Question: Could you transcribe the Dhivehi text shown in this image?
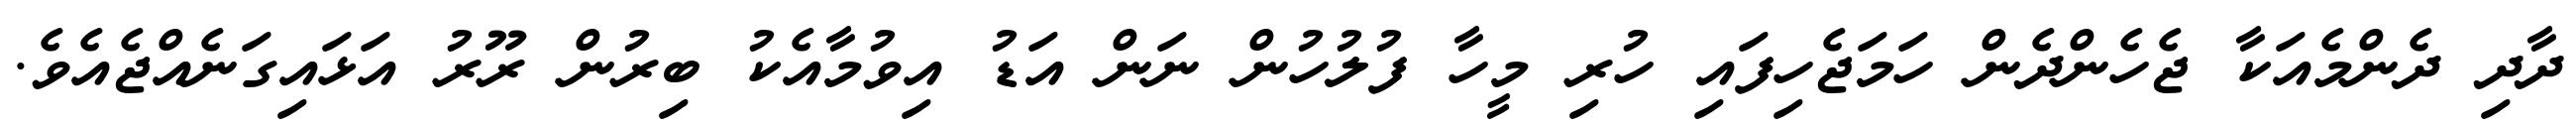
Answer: ދާދި ދެންމެއަކާ ޖެހެންދެން ހަމަޖެހިފައި ހުރި މީހާ ފުލުހުން ނަން އަޑު އިވުމާއެކު ބިރުން ރޫރު އަޅައިގަނެއްޖެއެވެ.